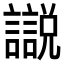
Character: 𧭚